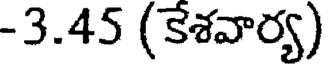
-3.45 (కేశవార్య)